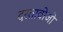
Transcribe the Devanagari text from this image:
दस्तावोजो